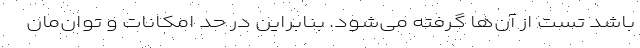
باشد تست از آن‌ها گرفته می‌شود. بنابراین در حد امکانات و توان‌مان